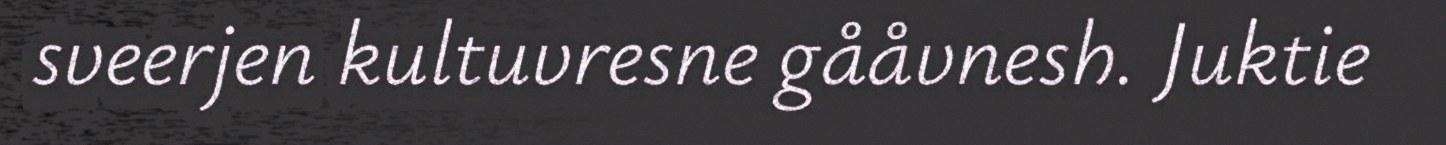
sveerjen kultuvresne gååvnesh. Juktie